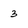
Character: 3